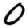
Digit: 0